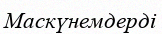
Маскүнемдерді